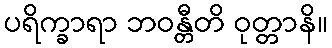
ပရိက္ခာရာ ဘဝန္တီတိ ဝုတ္တာနိ။